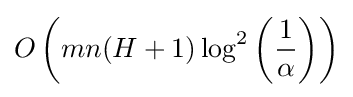
O\left(mn(H+1)\log ^{2}\left({\frac {1}{\alpha }}\right)\right)